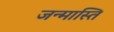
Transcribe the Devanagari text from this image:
जन्मास्ति